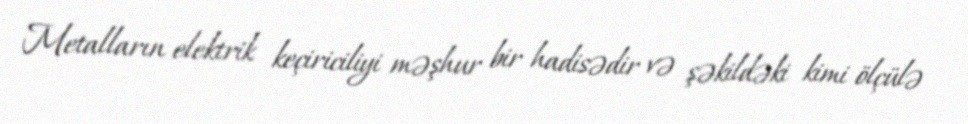
Metalların elektrik keçiriciliyi məşhur bir hadisədir və şəkildəki kimi ölçülə